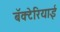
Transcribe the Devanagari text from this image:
बॅक्टेरियाई